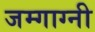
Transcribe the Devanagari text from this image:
जम्गाग्नी